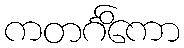
ကတင်္ဂိကော